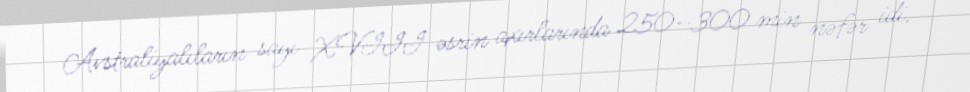
Avstraliyalıların sayı XVIII əsrin axırlarında 250–300 min nəfər idi.